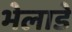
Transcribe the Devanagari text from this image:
भेलाडे